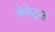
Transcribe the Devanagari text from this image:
बेकेट्स